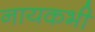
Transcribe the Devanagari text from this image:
नायकभी